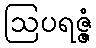
ဩပရဇ္ဇံ